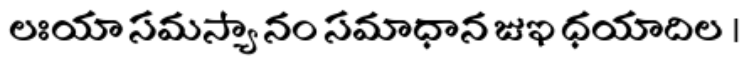
లఃయా సమస్యా నం సమాధాన జుఇ ధయాదిల ।